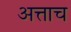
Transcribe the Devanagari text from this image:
अत्ताच